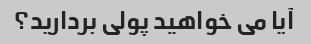
آیا می خواهید پولی بردارید؟